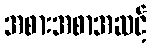
အစားအစာအဆင့်